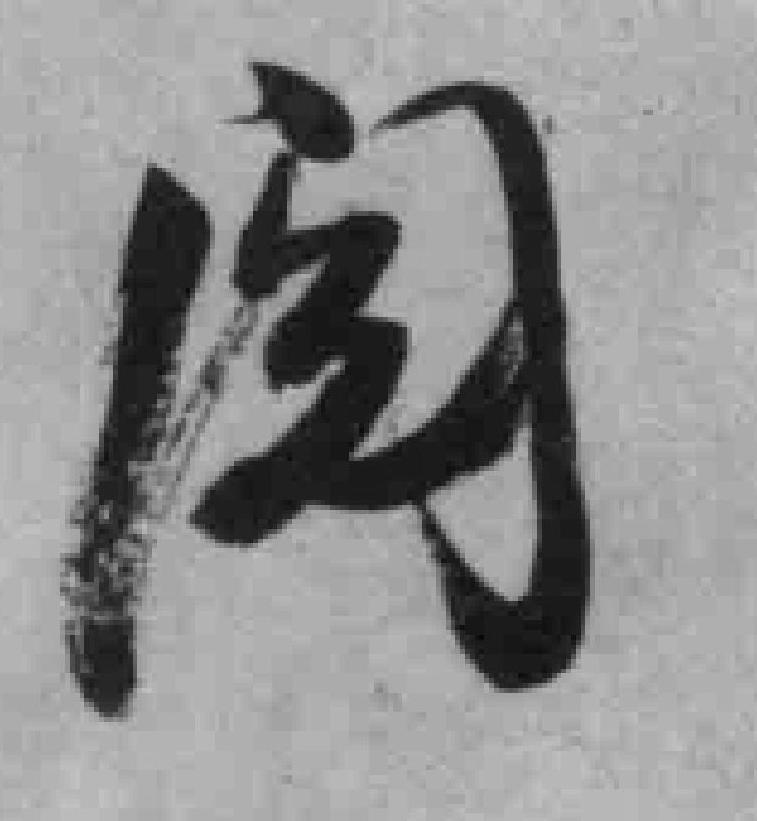
阅